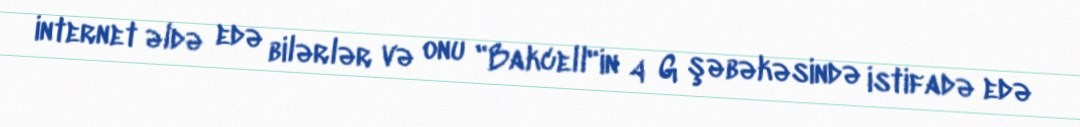
internet əldə edə bilərlər və onu "Bakcell"in 4 G şəbəkəsində istifadə edə